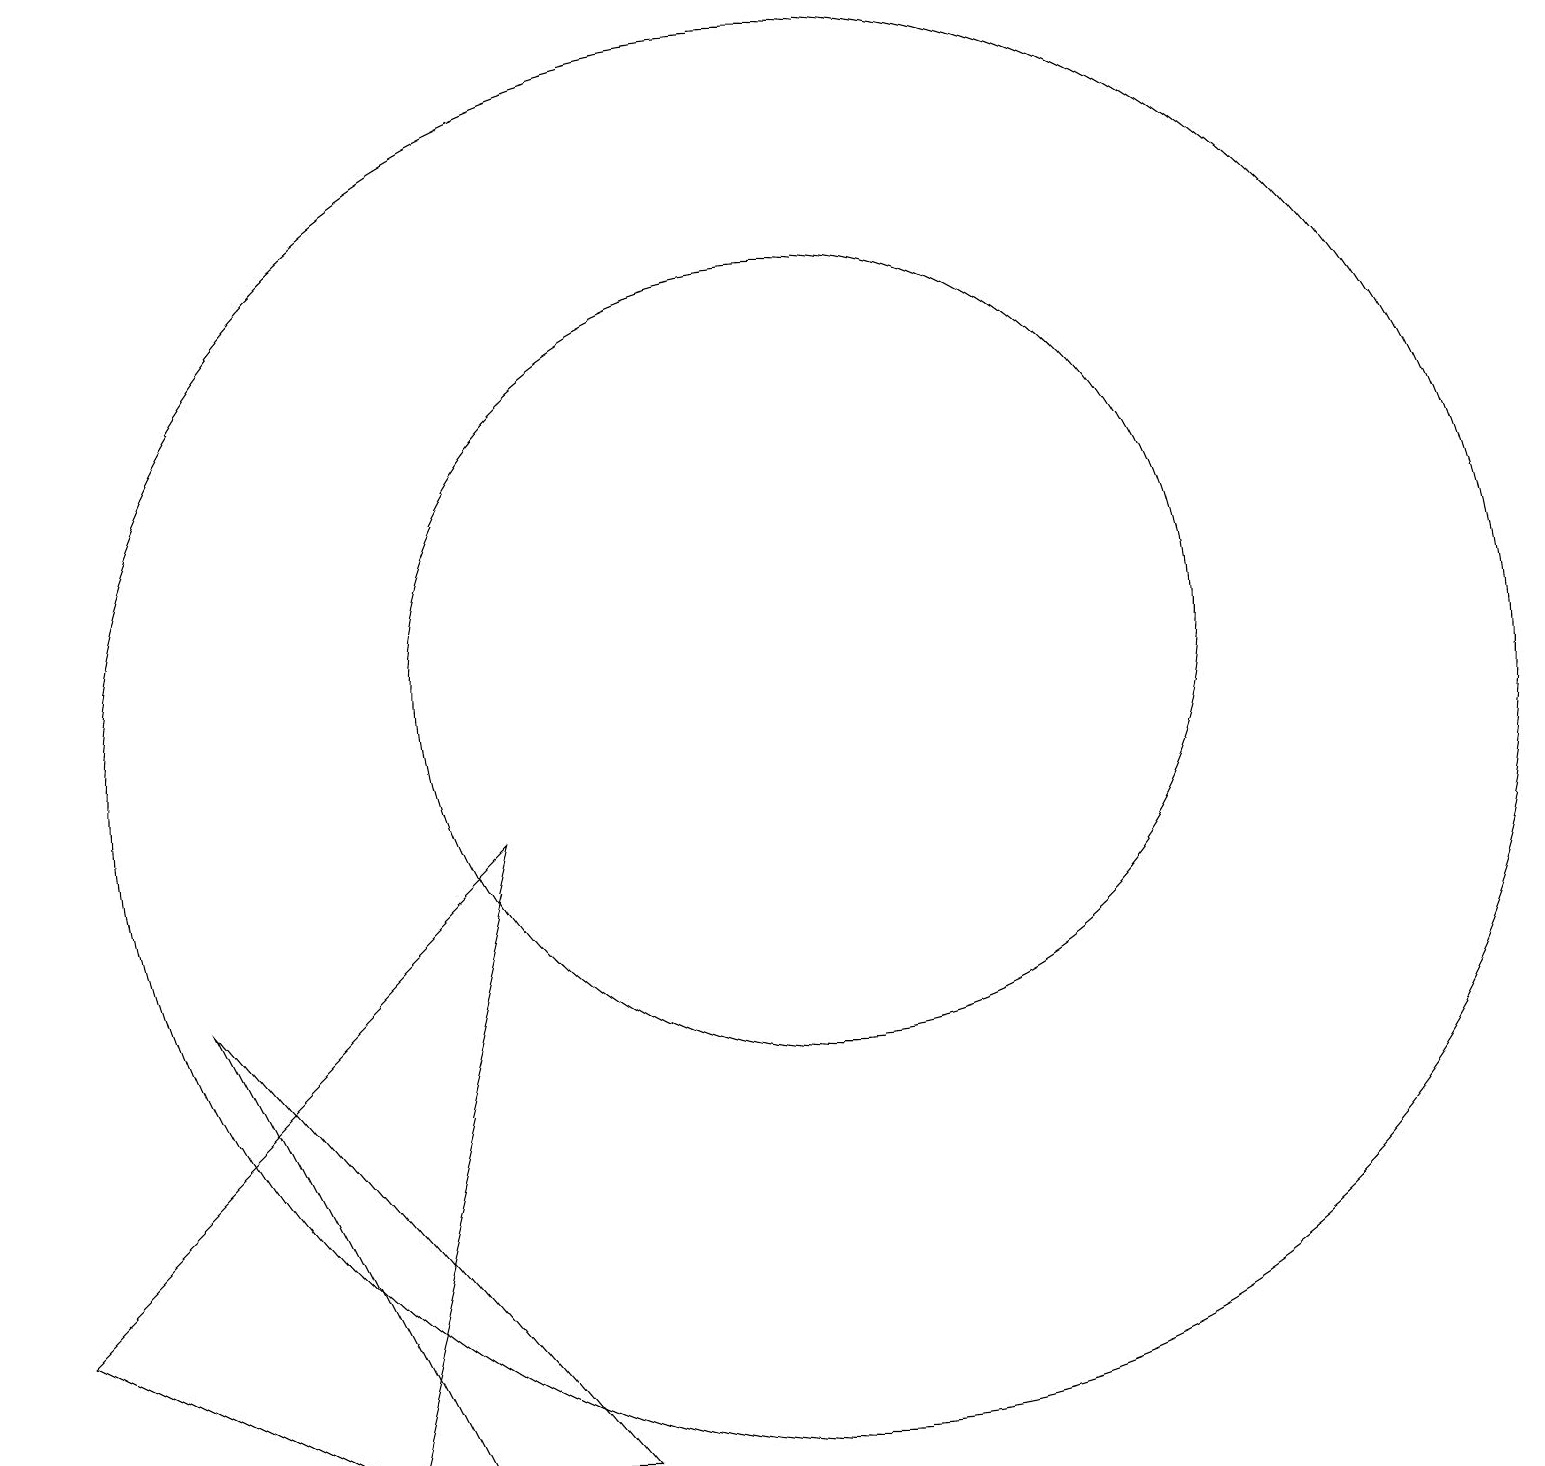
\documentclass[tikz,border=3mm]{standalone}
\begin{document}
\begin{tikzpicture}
\draw (2,7) -- (5,1) -- (7,1) -- cycle;
\draw (10,10) circle (9);
\draw (6,9) -- (0,3) -- (4,1) -- cycle;
\draw (10,11) circle (5);
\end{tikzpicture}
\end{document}